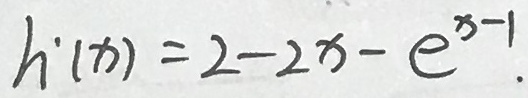
h ^ { \prime } ( x ) = 2 - 2 x - e ^ { x - 1 } .